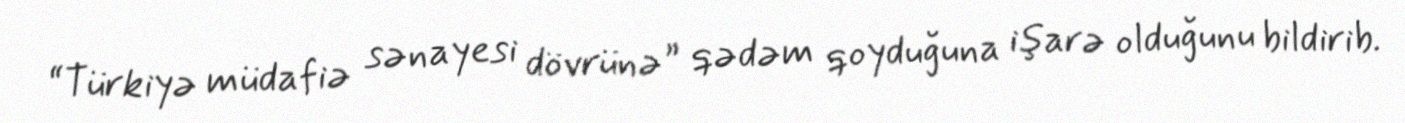
“Türkiyə müdafiə sənayesi dövrünə” qədəm qoyduğuna işarə olduğunu bildirib.